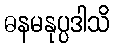
ဓနမနုပ္ပဒါသိ